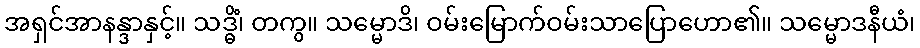
အရှင်အာနန္ဒာနှင့်။ သဒ္ဓိံ၊ တကွ။ သမ္မောဒိ၊ ဝမ်းမြောက်ဝမ်းသာပြောဟော၏။ သမ္မောဒနီယံ၊